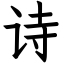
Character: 诗